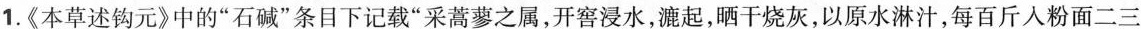
1.《本草述钩元》中的“石碱”条目下记载“采蒿蓼之属，开窖浸水，漉起，晒干烧灰，以原水淋汁，每百斤人粉面二三